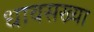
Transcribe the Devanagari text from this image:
धावसख्या